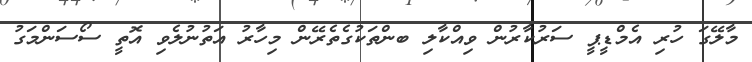
މާލޭގަ ހުރި އެމްޑީޕީ ސަރުކާރުން ވިއްކާލި ބންތަކުގެތެރޭން މިހާރު އަތުނުލެވި އޮތީ ސޯސަންމަގު